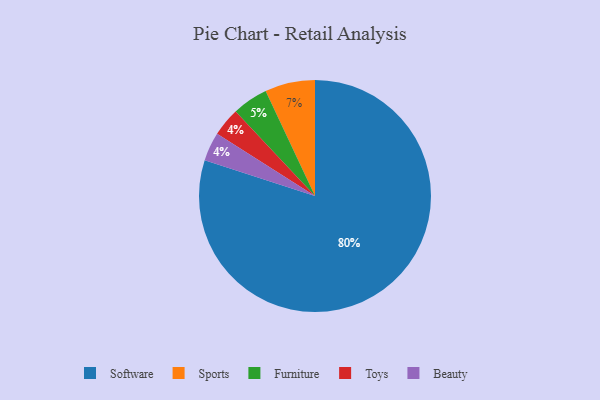
{"axis": {"x": "Category", "y": "Percentage"}, "legend": ["Beauty", "Furniture", "Software", "Sports", "Toys"], "data": [{"x": "Toys", "y": 4, "type": "Toys"}, {"x": "Software", "y": 80, "type": "Software"}, {"x": "Sports", "y": 7, "type": "Sports"}, {"x": "Beauty", "y": 4, "type": "Beauty"}, {"x": "Furniture", "y": 5, "type": "Furniture"}]}